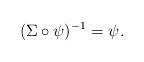
LaTeX: \begin{align*}(\Sigma \circ \psi)^{-1} = \psi. \end{align*}